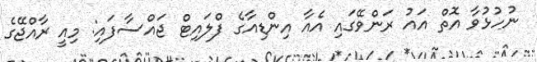
ނުހުޅުވާ އޮތް އައު ރަންވޭގައި އެއާ އިންޑިއާގެ ފްލައިޓް ޖައްސާފައި: މިއީ ރާއްޖޭގެ